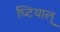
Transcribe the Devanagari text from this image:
घ्टियाल्